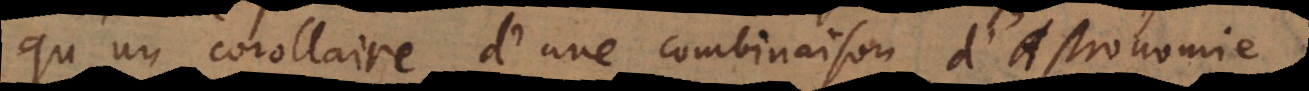
qu’un corollaire d’une combinaison d’Astronomie